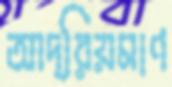
আদ্রিয়মাণ